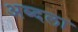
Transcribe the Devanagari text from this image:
अब्दला